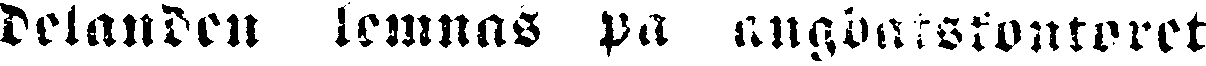
delanden lemnas på ångbåtskontoret